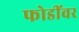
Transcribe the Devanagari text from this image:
फोडींवर